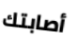
أصابتك